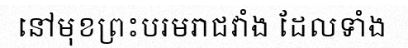
នៅមុខព្រះបរមរាជវាំង ដែលទាំង